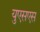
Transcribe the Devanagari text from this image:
युएसएस